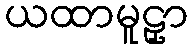
ယထာမူဠှာ